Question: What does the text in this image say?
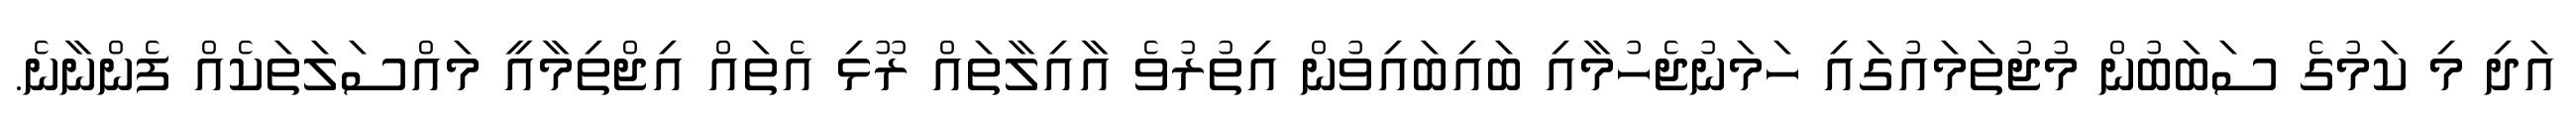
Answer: އަދި މި ކަމުގެ ސަބަބުން މުޖުތަމައުގައި ހަމަނުޖެހުމާއި ބައިބައިވުން އިތުރުވެ އާއިލާތައް ރޫޅި އެތައް އިޖްތިމާއީ މައްސަލަތަކެއް ފެންނާނެ.